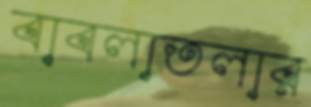
বাবলাতলার